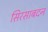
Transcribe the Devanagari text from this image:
सिरसाबदन